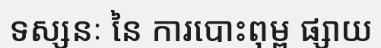
ទស្សនៈ នៃ ការបោះពុម្ព ផ្សាយ